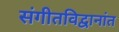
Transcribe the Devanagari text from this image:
संगीतविद्वानांत